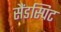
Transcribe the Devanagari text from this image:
सैंडस्पिट